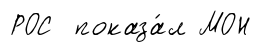
РОС показа́л МОН